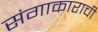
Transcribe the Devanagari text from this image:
संगाकाराची